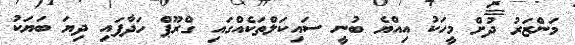
މަންޒަރު ދުށް މީހަކު އިއްޔެ ބުނީ ސައިކަލްތަކެއްގައި ގްރޫޕް ހަދާފައި ދިޔަ ބަޔަކު